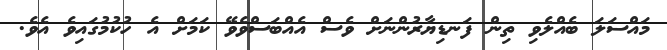
މައްސަލަ ބެއްލެވި ތިން ފަނޑިޔާރުންނަށް ވެސް އެއްބަސްވެވޭ ކަމަށް އެ ހުކުމުގައިވެ އެވެ.